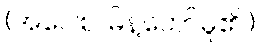
(အဝေါစ၊ မိန့်တော်မူ၏။)